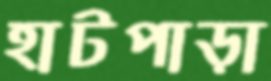
হাটপাড়া